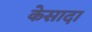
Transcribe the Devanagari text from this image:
केसादा